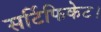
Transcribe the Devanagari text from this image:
सर्टिफिकेट।